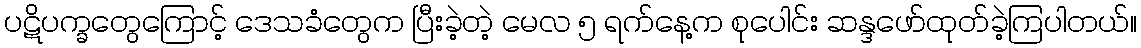
ပဋိပက္ခတွေကြောင့် ဒေသခံတွေက ပြီးခဲ့တဲ့ မေလ ၅ ရက်နေ့က စုပေါင်း ဆန္ဒဖော်ထုတ်ခဲ့ကြပါတယ်။